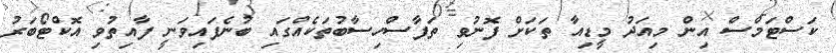
ކަސްޓަމްސް އިން މިއަދު މީޑިއާ ތަަކަށް ފޮނުވި ތަފާސްހިސާބުތަކެއްގައި ބުނެފައިވަނީ ފާއިތުވި އޮކްޓޯބަރު